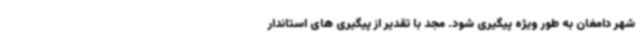
شهر دامغان به طور ویژه پیگیری شود. مجد با تقدیر از پیگیری های استاندار